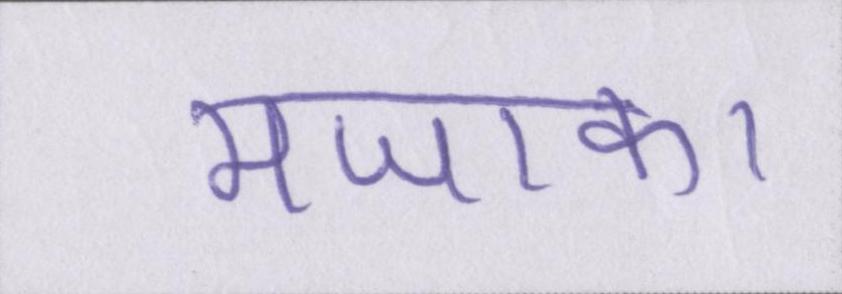
मजाक।